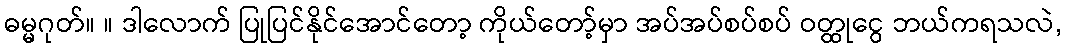
ဓမ္မဂုတ်။ ။ ဒါလောက် ပြုပြင်နိုင်အောင်တော့ ကိုယ်တော့်မှာ အပ်အပ်စပ်စပ် ဝတ္ထုငွေ ဘယ်ကရသလဲ,